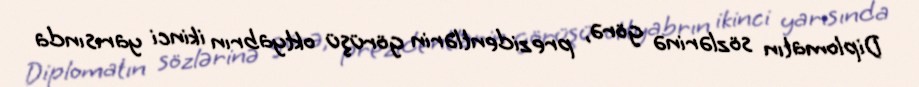
Diplomatın sözlərinə görə, prezidentlərin görüşü oktyabrın ikinci yarısında